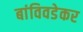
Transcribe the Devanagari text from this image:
बांविवडेकर